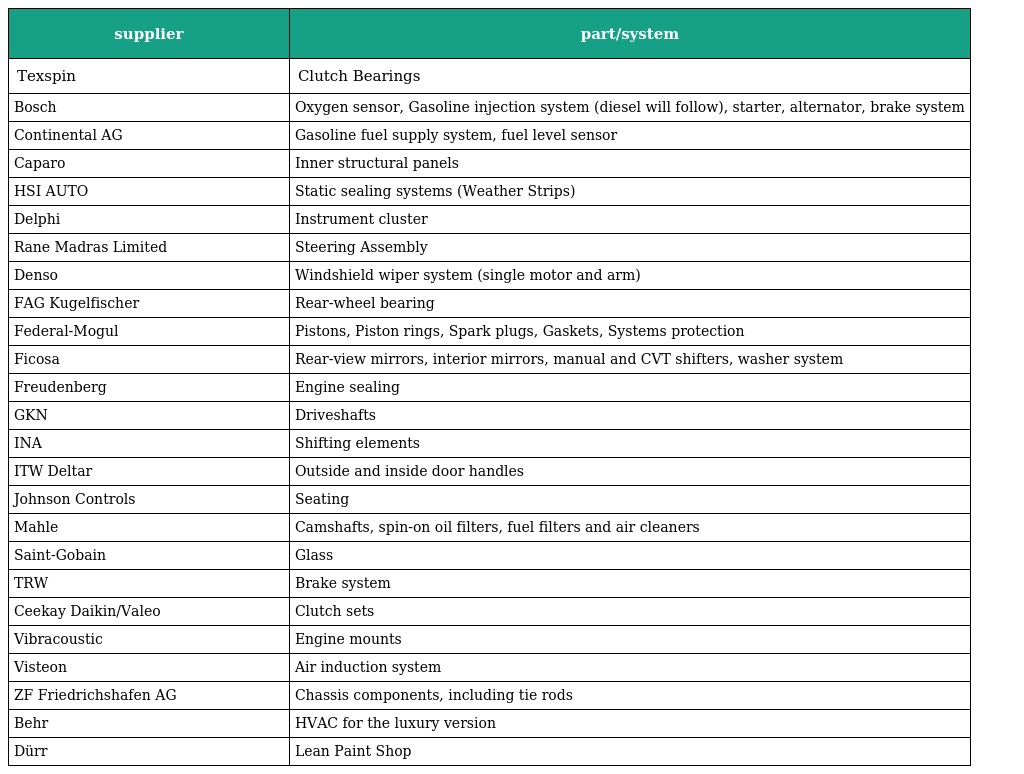
| supplier | part/system |
 | --- | --- |
 | Texspin | Clutch Bearings |
 | Bosch | Oxygen sensor, Gasoline injection system (diesel will follow), starter, alternator, brake system |
 | Continental AG | Gasoline fuel supply system, fuel level sensor |
 | Caparo | Inner structural panels |
 | HSI AUTO | Static sealing systems (Weather Strips) |
 | Delphi | Instrument cluster |
 | Rane Madras Limited | Steering Assembly |
 | Denso | Windshield wiper system (single motor and arm) |
 | FAG Kugelfischer | Rear-wheel bearing |
 | Federal-Mogul | Pistons, Piston rings, Spark plugs, Gaskets, Systems protection |
 | Ficosa | Rear-view mirrors, interior mirrors, manual and CVT shifters, washer system |
 | Freudenberg | Engine sealing |
 | GKN | Driveshafts |
 | INA | Shifting elements |
 | ITW Deltar | Outside and inside door handles |
 | Johnson Controls | Seating |
 | Mahle | Camshafts, spin-on oil filters, fuel filters and air cleaners |
 | Saint-Gobain | Glass |
 | TRW | Brake system |
 | Ceekay Daikin/Valeo | Clutch sets |
 | Vibracoustic | Engine mounts |
 | Visteon | Air induction system |
 | ZF Friedrichshafen AG | Chassis components, including tie rods |
 | Behr | HVAC for the luxury version |
 | Dürr | Lean Paint Shop |